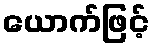
ယောက်ဖြင့်